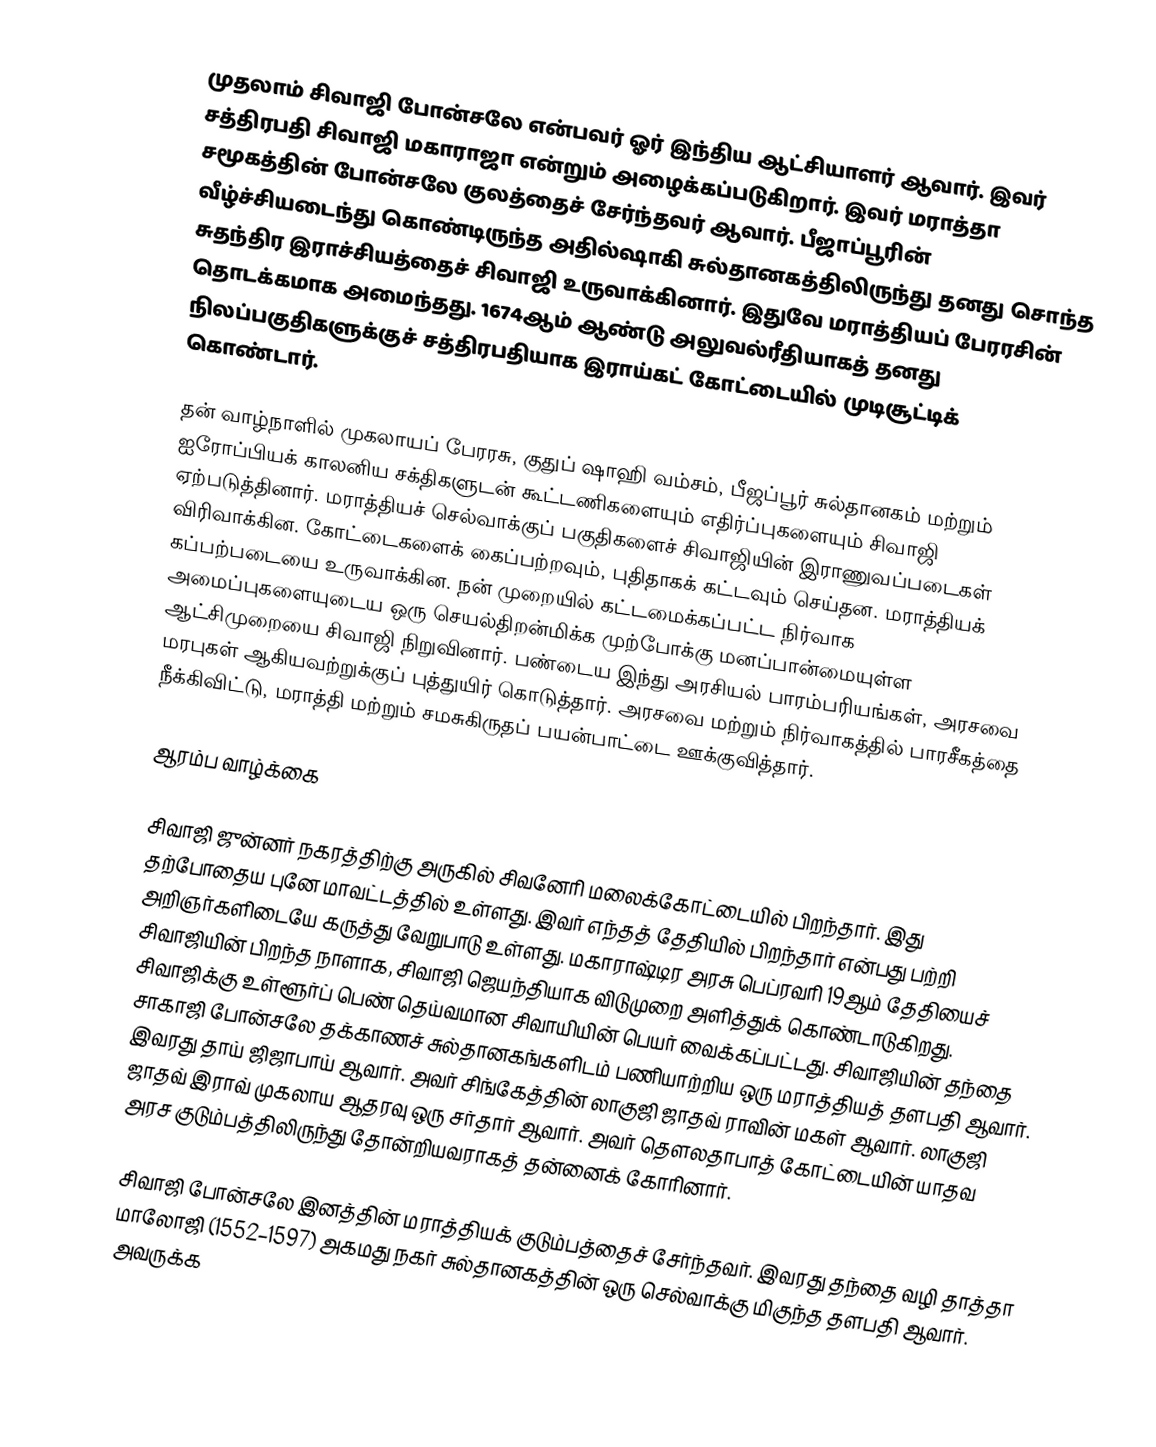
முதலாம் சிவாஜி போன்சலே என்பவர் ஓர் இந்திய ஆட்சியாளர் ஆவார். இவர் சத்திரபதி சிவாஜி மகாராஜா என்றும் அழைக்கப்படுகிறார். இவர்  மராத்தா சமூகத்தின் போன்சலே குலத்தைச் சேர்ந்தவர் ஆவார். பீஜாப்பூரின் வீழ்ச்சியடைந்து கொண்டிருந்த அதில்ஷாகி சுல்தானகத்திலிருந்து தனது சொந்த சுதந்திர இராச்சியத்தைச் சிவாஜி உருவாக்கினார். இதுவே மராத்தியப் பேரரசின் தொடக்கமாக அமைந்தது. 1674ஆம் ஆண்டு அலுவல்ரீதியாகத் தனது நிலப்பகுதிகளுக்குச் சத்திரபதியாக இராய்கட் கோட்டையில் முடிசூட்டிக் கொண்டார்.

தன் வாழ்நாளில் முகலாயப் பேரரசு, குதுப் ஷாஹி வம்சம், பீஜப்பூர் சுல்தானகம் மற்றும் ஐரோப்பியக் காலனிய சக்திகளுடன் கூட்டணிகளையும் எதிர்ப்புகளையும் சிவாஜி ஏற்படுத்தினார். மராத்தியச் செல்வாக்குப் பகுதிகளைச் சிவாஜியின் இராணுவப்படைகள் விரிவாக்கின. கோட்டைகளைக் கைப்பற்றவும், புதிதாகக் கட்டவும் செய்தன. மராத்தியக் கப்பற்படையை உருவாக்கின. நன் முறையில் கட்டமைக்கப்பட்ட நிர்வாக அமைப்புகளையுடைய ஒரு செயல்திறன்மிக்க முற்போக்கு மனப்பான்மையுள்ள ஆட்சிமுறையை சிவாஜி நிறுவினார். பண்டைய இந்து அரசியல் பாரம்பரியங்கள், அரசவை மரபுகள் ஆகியவற்றுக்குப் புத்துயிர் கொடுத்தார். அரசவை மற்றும் நிர்வாகத்தில் பாரசீகத்தை நீக்கிவிட்டு, மராத்தி மற்றும் சமசுகிருதப் பயன்பாட்டை ஊக்குவித்தார்.

ஆரம்ப வாழ்க்கை

சிவாஜி ஜுன்னர் நகரத்திற்கு அருகில் சிவனேரி மலைக்கோட்டையில் பிறந்தார். இது தற்போதைய புனே மாவட்டத்தில் உள்ளது. இவர் எந்தத் தேதியில் பிறந்தார் என்பது பற்றி அறிஞர்களிடையே கருத்து வேறுபாடு உள்ளது. மகாராஷ்டிர அரசு பெப்ரவரி 19ஆம் தேதியைச் சிவாஜியின் பிறந்த நாளாக, சிவாஜி ஜெயந்தியாக விடுமுறை அளித்துக் கொண்டாடுகிறது. சிவாஜிக்கு உள்ளூர்ப் பெண் தெய்வமான சிவாயியின் பெயர் வைக்கப்பட்டது. சிவாஜியின் தந்தை சாகாஜி போன்சலே தக்காணச் சுல்தானகங்களிடம் பணியாற்றிய ஒரு மராத்தியத் தளபதி ஆவார். இவரது தாய் ஜிஜாபாய் ஆவார். அவர் சிங்கேத்தின் லாகுஜி ஜாதவ் ராவின் மகள் ஆவார். லாகுஜி ஜாதவ் இராவ் முகலாய ஆதரவு ஒரு சர்தார் ஆவார். அவர் தௌலதாபாத் கோட்டையின் யாதவ அரச குடும்பத்திலிருந்து தோன்றியவராகத் தன்னைக் கோரினார்.

சிவாஜி போன்சலே இனத்தின் மராத்தியக் குடும்பத்தைச் சேர்ந்தவர். இவரது தந்தை வழி தாத்தா மாலோஜி (1552–1597) அகமது நகர் சுல்தானகத்தின் ஒரு செல்வாக்கு மிகுந்த தளபதி ஆவார். அவருக்க